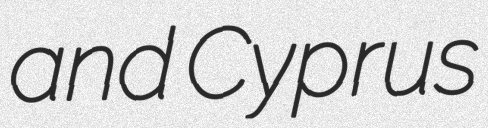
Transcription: and Cyprus